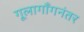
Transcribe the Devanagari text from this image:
गूलागाँगनंतर